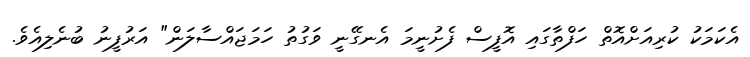
އެކަމަކު ކުރިއަށްއޮތް ހަފްތާގައި އޮފީސް ފެށުނީމަ އެނގޭނީ ވަގުތު ހަމަޖައްސާލަން" އަރުފީނު ބުނެލިއެވެ.